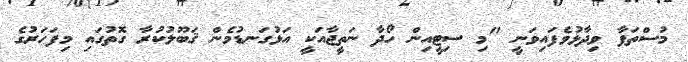
މުސްތަފާ ވިދާޅުވެފައިވަނީ "މި ސިޓީއިން ހޯދާ ނަތީޖާއަކީ އަޅުގަނޑުމެން ޤަބޫލުކުރާ ގޮތުގައި މިފަހަރުގެ